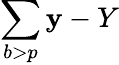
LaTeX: \sum\limits_{b>p}\mathbf{y}-Y